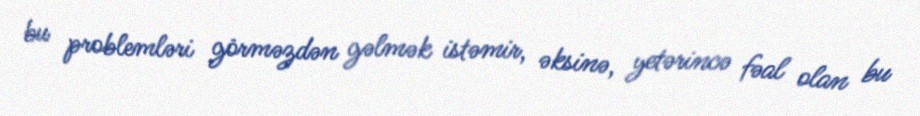
bu problemləri görməzdən gəlmək istəmir, əksinə, yetərincə fəal olan bu